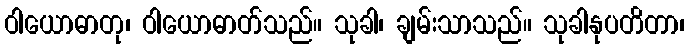
ဝါယောဓာတု၊ ဝါယောဓာတ်သည်။ သုခါ၊ ချမ်းသာသည်။ သုခါနုပတိတာ၊